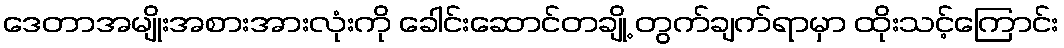
ဒေတာအမျိုးအစားအားလုံးကို ခေါင်းဆောင်တချို့ တွက်ချက်ရာမှာ ထိုးသင့်ကြောင်း